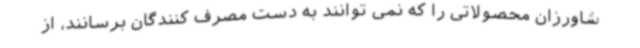
شاورزان محصولاتی را که نمی توانند به دست مصرف کنندگان برسانند، از